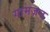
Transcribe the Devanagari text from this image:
गामज़न